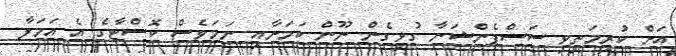
އަށް ކުރިމަތިވި ސަސްޕެންޝަނާ ގުޅިގެން ނޫން ކަމަށާއި ނަމަވެސް ކޮސްޓާގެ އެ އަމަލާ